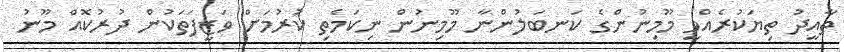
ތާއީދު ތިޔަކުރެއްވީ މޫމިނުންގެ ކަނބަލުންނާ މޫމިނުން ނިކަމެތި ކުރުމަށް ވަޒީފަތަކުން ދުރުކޮއް މޫނު